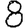
Digit: 8